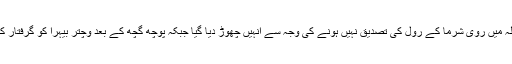
اس معاملہ میں روی شرما کے رول کی تصدیق نہیں ہونے کی وجہ سے انہیں چھوڑ دیا گیا جبکہ پوچھ گچھ کے بعد وچتر بیہرا کو گرفتار کرلیا گیا ۔